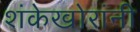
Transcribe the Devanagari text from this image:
शंकेखोरांनी